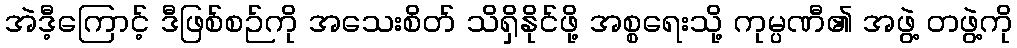
အဲဒီ့ကြောင့် ဒီဖြစ်စဉ်ကို အသေးစိတ် သိရှိနိုင်ဖို့ အစ္စရေးသို့ ကုမ္ပဏီ၏ အဖွဲ့ တဖွဲ့ကို